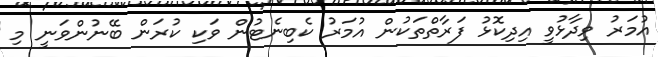
އުމަރު ވިދާޅުވީ އިދިކޮޅު ފަރާތްތަކުން އުމަރު ކެބިނެޓުން ވަކި ކުރަން ބޭނުންވަނީ މި